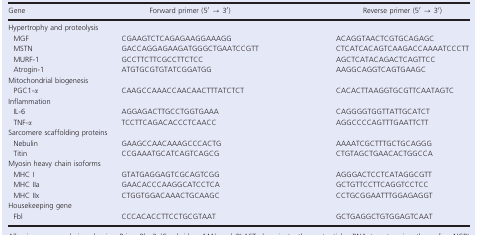
| Gene | Forward primer (5′ → 3′) | Reverse primer (5′ → 3′) |
 | --- | --- | --- |
 | <COLSPAN=3> Hypertrophy and proteolysis |
 | MGF | CGAAGTCTCAGAGAAGGAAAGG | ACAGGTAACTCGTGCAGAGC |
 | MSTN | GACCAGGAGAAGATGGGCTGAATCCGTT | CTCATCACAGTCAAGACCAAAATCCCTT |
 | MURF‐1 | GCCTTCTTCGCCTTCTCC | AGCTCATACAGACTCAGTTCC |
 | Atrogin‐1 | ATGTGCGTGTATCGGATGG | AAGGCAGGTCAGTGAAGC |
 | <COLSPAN=3> Mitochondrial biogenesis |
 | PGC1‐α | CAAGCCAAACCAACAACTTTATCTCT | CACACTTAAGGTGCGTTCAATAGTC |
 | <COLSPAN=3> Inflammation |
 | IL‐6 | AGGAGACTTGCCTGGTGAAA | CAGGGGTGGTTATTGCATCT |
 | TNF‐α | TCCTTCAGACACCCTCAACC | AGGCCCCAGTTTGAATTCTT |
 | <COLSPAN=3> Sarcomere scaffolding proteins |
 | Nebulin | GAAGCCAACAAAGCCCACTG | AAAATCGCTTTGCTGCAGGG |
 | Titin | CCGAAATGCATCAGTCAGCG | CTGTAGCTGAACACTGGCCA |
 | <COLSPAN=3> Myosin heavy chain isoforms |
 | MHC I | GTATGAGGAGTCGCAGTCGG | AGGGACTCCTCATAGGCGTT |
 | MHC IIa | GAACACCCAAGGCATCCTCA | GCTGTTCCTTCAGGTCCTCC |
 | MHC IIx | CTGGTGGACAAACTGCAAGC | CCTGCGGAATTTGGAGAGGT |
 | <COLSPAN=3> Housekeeping gene |
 | Fbl | CCCACACCTTCCTGCGTAAT | GCTGAGGCTGTGGAGTCAAT |